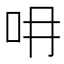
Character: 𠯍